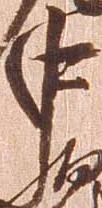
中